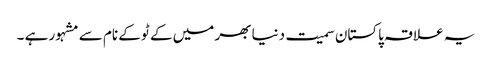
یہ علاقہ پاکستان سمیت دنیا بھر میں کے ٹو کے نام سے مشہور ہے ۔